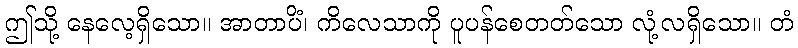
ဤသို့ နေလေ့ရှိသော။ အာတာပိံ၊ ကိလေသာကို ပူပန်စေတတ်သော လုံ့လရှိသော။ တံ